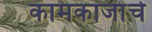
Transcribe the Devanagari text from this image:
कामकाजांचे